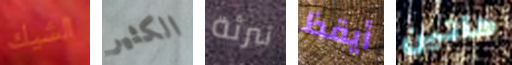
الشيك الكثير تبرئة أيقظ هاتين